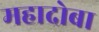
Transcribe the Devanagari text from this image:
महादोबा